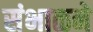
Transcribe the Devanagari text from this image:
संभाळने